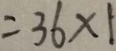
= 3 6 \times 1